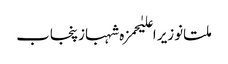
ملتانوزیر اعلیٰحمزہ شہبازپنجاب